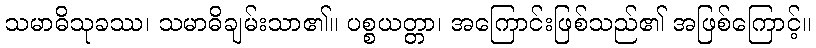
သမာဓိသုခဿ၊ သမာဓိချမ်းသာ၏။ ပစ္စယတ္တာ၊ အကြောင်းဖြစ်သည်၏ အဖြစ်ကြောင့်။